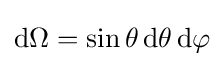
\mathrm {d} \Omega =\sin \theta \,\mathrm {d} \theta \,\mathrm {d} \varphi